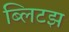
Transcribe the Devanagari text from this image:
ब्लिटझ